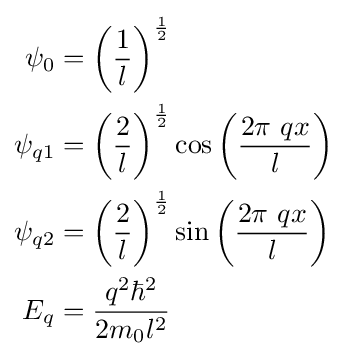
{\begin{aligned}\psi _{0}&=\left({\frac {1}{l}}\right)^{\frac {1}{2}}\\\psi _{q1}&=\left({\frac {2}{l}}\right)^{\frac {1}{2}}\cos {\left({\frac {2\pi \ qx}{l}}\right)}\\\psi _{q2}&=\left({\frac {2}{l}}\right)^{\frac {1}{2}}\sin {\left({\frac {2\pi \ qx}{l}}\right)}\\E_{q}&={\frac {q^{2}\hbar ^{2}}{2m_{0}l^{2}}}\end{aligned}}